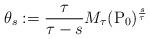
LaTeX: \begin{align*}\theta_{s}:= \frac{\tau }{\tau -s}M_{\tau }(\mathrm{P}_0)^{\frac{s}{\tau }}\end{align*}